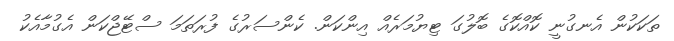
ތަކަކުން އެނގުނީ ކޮއްކޮގެ ބޮލުގަ ޓިޔުމަރެއް އިންކަން. ކެންސަރުގެ ފުރަތަމަ ސްޓޭޖްކަން އެގުމާއެކު